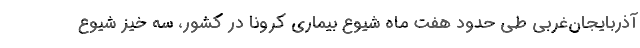
آذربایجان‌غربی طی حدود هفت ماه شیوع بیماری کرونا در کشور، سه خیز شیوع